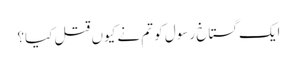
ایک گستاخ رسول کو تم نے کیوں قتل کیا؟